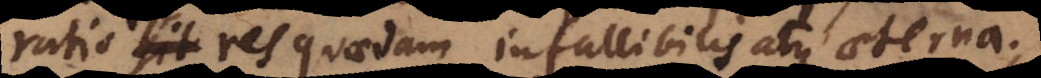
ratio est res quaedam infallibilis atque aeterna;